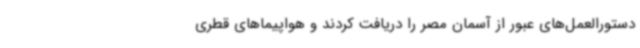
دستورالعمل‌های عبور از آسمان مصر را دریافت کردند و هواپیماهای قطری